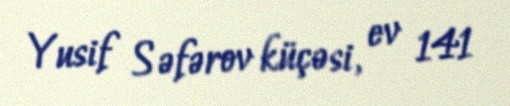
Yusif Səfərov küçəsi, ev 141